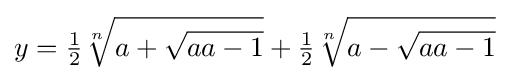
y={\tfrac {1}{2}}{\sqrt[{n}]{a+{\sqrt {aa-1}}}}+{\tfrac {1}{2}}{\sqrt[{n}]{a-{\sqrt {aa-1}}}}